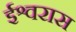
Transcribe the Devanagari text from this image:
ईश्वरास